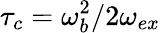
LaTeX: \tau_{c}=\omega_{b}^{2}/2\omega_{ex}